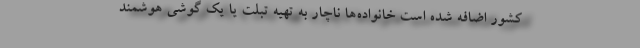
کشور اضافه شده است خانواده‌ها ناچار به تهیه تبلت یا یک گوشی هوشمند